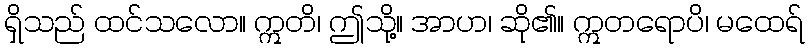
ရှိသည် ထင်သလော။ ဣတိ၊ ဤသို့။ အာဟ၊ ဆို၏။ ဣတရောပိ၊ မထေရ်